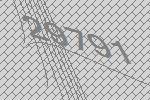
29791